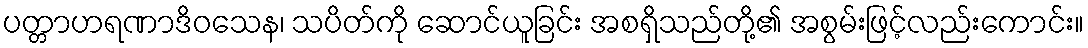
ပတ္တာဟရဏာဒိဝသေန၊ သပိတ်ကို ဆောင်ယူခြင်း အစရှိသည်တို့၏ အစွမ်းဖြင့်လည်းကောင်း။